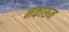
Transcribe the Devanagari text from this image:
नकारून